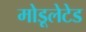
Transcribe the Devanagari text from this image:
मोडूलेटेड